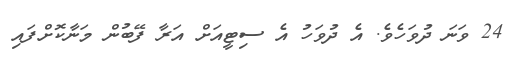
24 ވަނަ ދުވަހެވެ. އެ ދުވަހު އެ ސިޓީއަށް އަރާ ފޭބުން މަނާކޮށްފައި